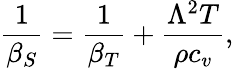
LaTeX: {\frac{1}{\beta_{S}}}={\frac{1}{\beta_{T}}}+{\frac{\Lambda^{2}T}{\rho c_{v}}},